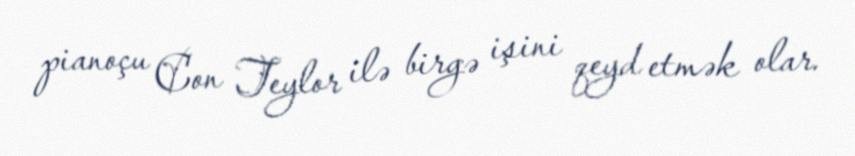
pianoçu Con Teylor ilə birgə işini qeyd etmək olar.